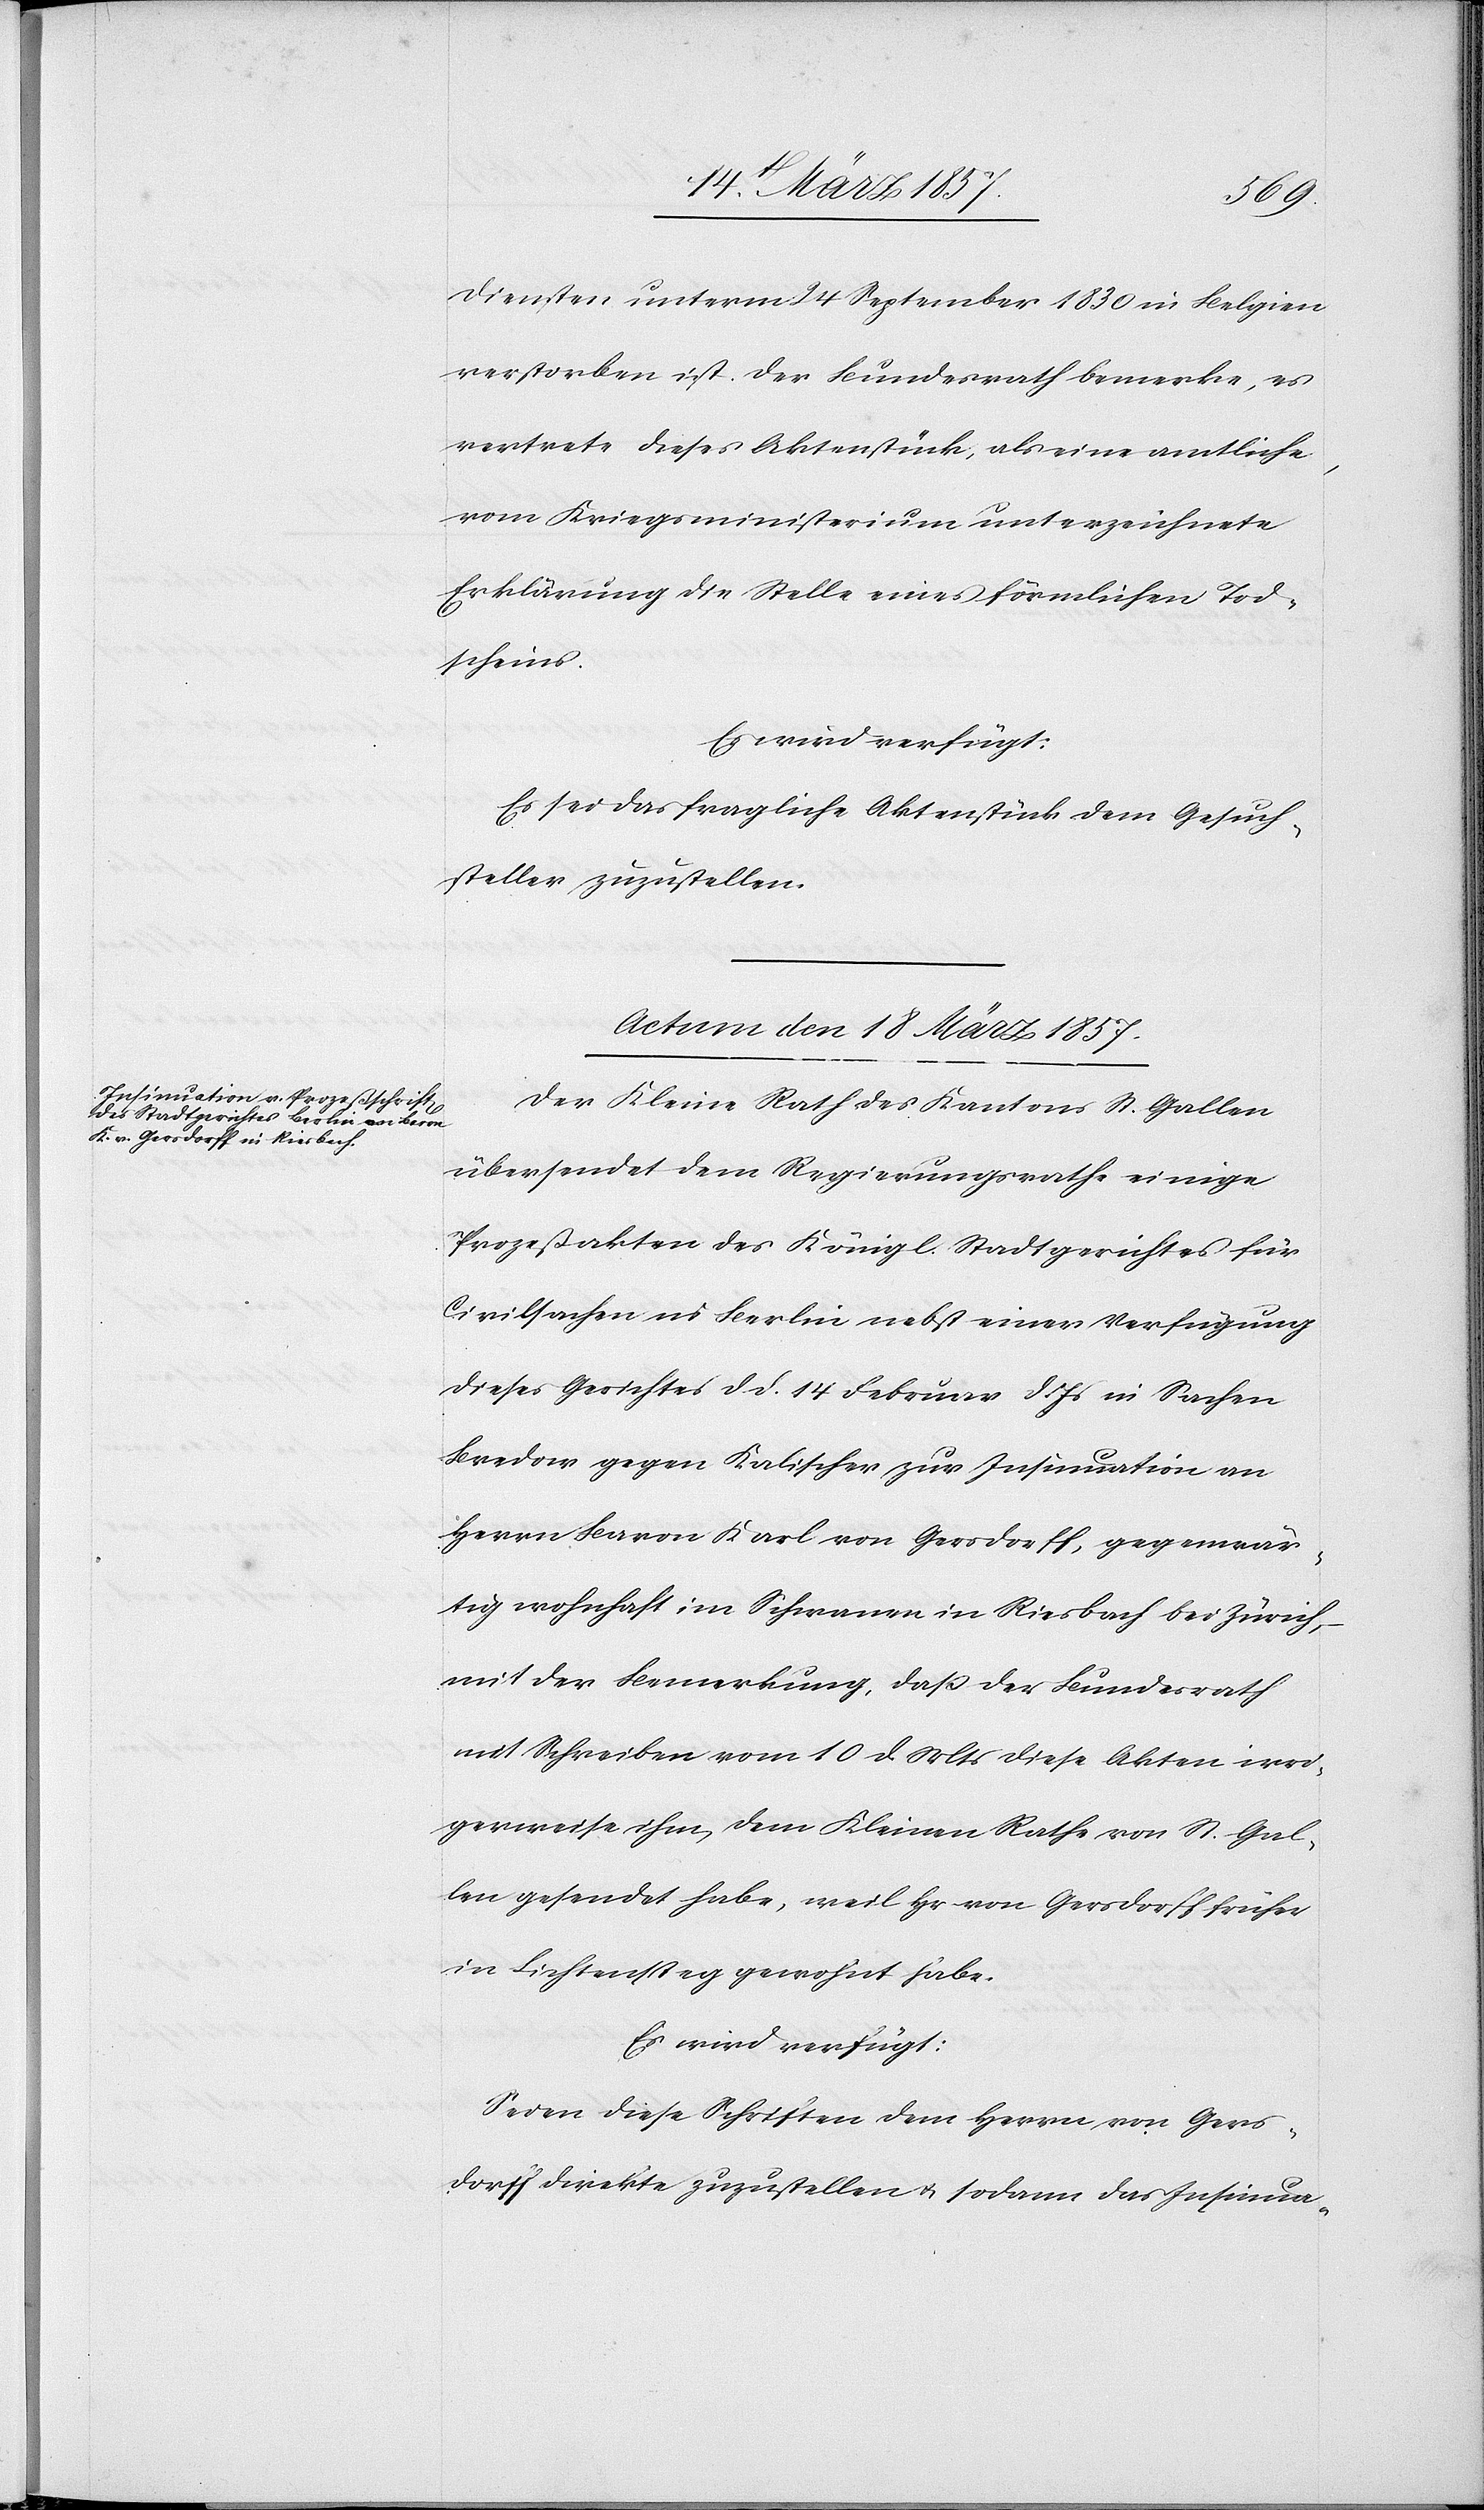
Diensten unterm 24 September 1830 in Belgien
verstorben ist. Der Bundesrath bemerke, es
vertrete dieses Aktenstück, als eine amtliche,
vom Kriegsministerium unterzeichnete
Erklärung die Stelle eines förmlichen Tod¬
scheins.
Es wird verfügt:
Es sei das fragliche Aktenstück dem Gesuch¬
steller zuzustellen.
Actum den 18 März 1857.
Der Kleine Rath des Kantons St. Gallen
übersendet dem Regierungsrathe einige
Prozessakten des Königl. Stadtgerichtes für
Civilsachen in Berlin nebst einer Verfügung
dieses Gerichtes d. d. 14 Februar d. Js in Sachen
Bredow gegen Kalischer zur Insinuation an
Herrn Baron Karl von Gersdorff, gegenwär¬
tig wohnhaft im Schwanen in Riesbach bei Zürich,
mit der Bemerkung, dass der Bundesrath
mit Schreiben vom 10 d. Mts diese Akten irri¬
gerweise ihm, dem Kleinen Rathe von St. Gal¬
len gesendet habe, weil Hr von Gersdorff früher
in Lichtensteg gewohnt habe.
Es wird verfügt:
Seien diese Schriften dem Herrn von Gers¬
dorff direkte zuzustellen u. sodann das Insinua-